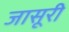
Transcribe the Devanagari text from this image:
जासूरी